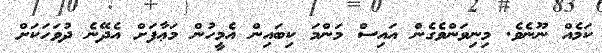
ކަމެއް ނޫނެވެ. މިނިވަންވެގެން އައިސް މަންމަ ކިބައިން އެމީހުން މަޢާފަށް އެދޭނެ ދުވަހަކަށް